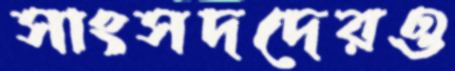
সাংসদদেরও